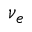
\nu _ { e }